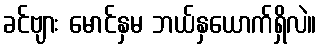
ခင်ဗျား မောင်နှမ ဘယ်နှယောက်ရှိလဲ။